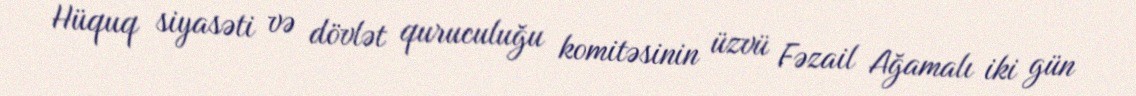
Hüquq siyasəti və dövlət quruculuğu komitəsinin üzvü Fəzail Ağamalı iki gün